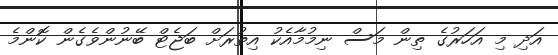
އަދި މި އަހަރުގެ ތިން މަސް ނިމުމާއެކު އިތުރަށް ބަޖެޓް ބޭނުންވެގެން ކޮންމެ